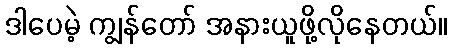
ဒါပေမဲ့ ကျွန်တော် အနားယူဖို့လိုနေတယ်။